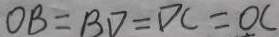
O B = B D = D C = O C